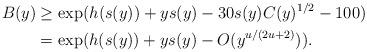
LaTeX: \begin{align*} B(y) & \geq \exp(h(s(y)) + y s(y) - 30s(y)C(y)^{1/2} - 100)\\& = \exp(h(s(y)) + y s(y) - O(y^{u/(2u+2)})).\end{align*}